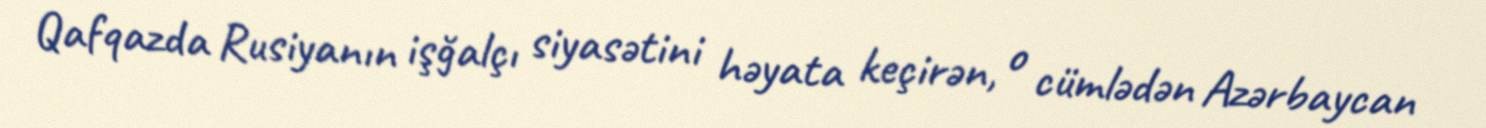
Qafqazda Rusiyanın işğalçı siyasətini həyata keçirən, o cümlədən Azərbaycan